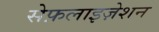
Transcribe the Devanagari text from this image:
सेफ़लाइज़ेशन